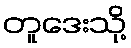
တူဒေးသို့